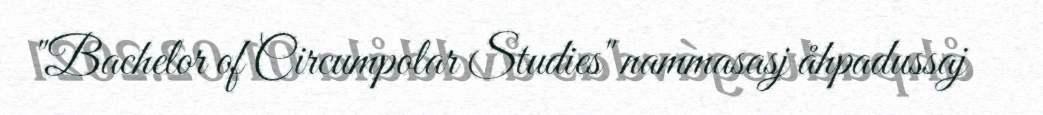
"Bachelor of Circumpolar Studies" nammasasj åhpadussaj